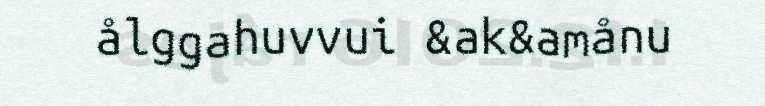
ålggahuvvui &ak&amånu